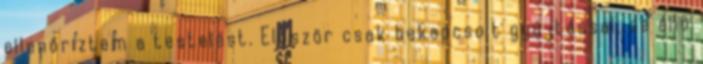
ellenőriztem a testelést. Először csak bekapcsolt gyújtással, de álló